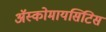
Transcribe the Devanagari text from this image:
अॅस्कोमायसिटिस